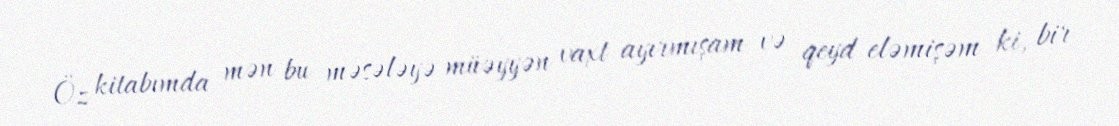
Öz kitabımda mən bu məsələyə müəyyən vaxt ayırmışam və qeyd eləmişəm ki, bir